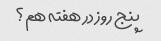
پنج روز در هفته هم؟